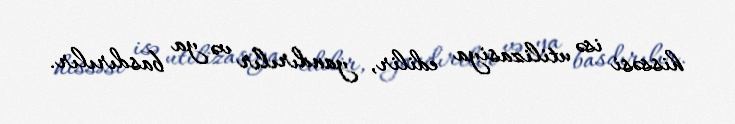
hissəsi isə utilizasiya edilir, yandırılır və ya basdırılır.